Annual report on the Civil Veterinary Department, Burma (including the Insein Veterinary School) - 1910-1922
Year: 1910
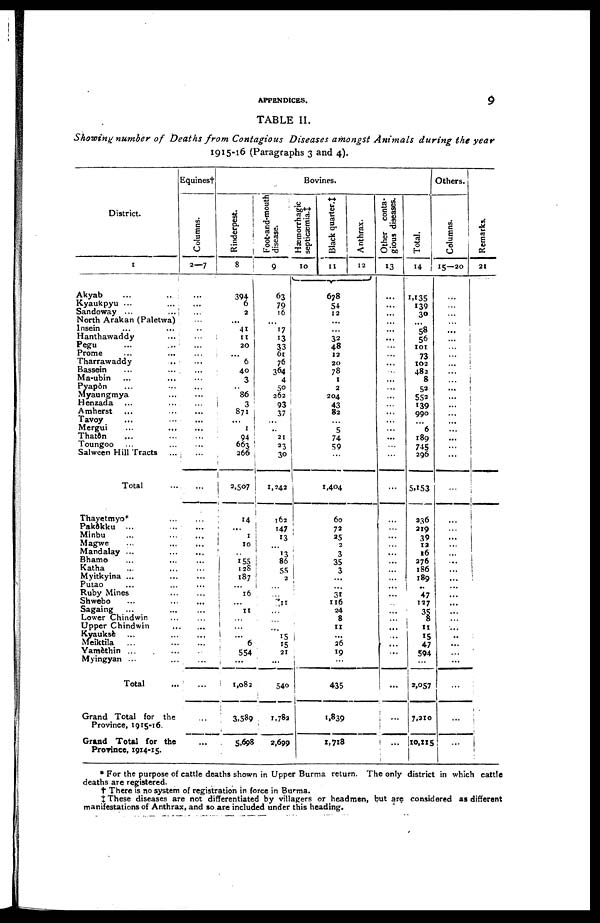
APPENDICES.
9
TABLE II.
Showing number of Deaths from Contagious
Diseases amongst Animals
during the year
1915-16 (Paragraphs 3 and 4).
District.
1
Akyab ... ...
Kyaukpyu ... ...
Sandoway ... ...
North Arakan (Paletwa)
Insein ... ...
Hanthawaddy ... ...
Pegu
Prome ... ...
Tharrawaddy ...
Bassein ... ...
Ma-ubin ... ...
Pyapôn ... ...
Myaungmya ...
Henzada ... ...
Amherst
Tavoy ... ...
Mergui ... ...
Thatôn ... ...
Toungoo ... ...
Salween Hill Tracts ...
Total ...
Thayetmyo* ...
Pakôkku ... ...
Minbu ... ...
Magwe ... ...
Mandalay ... ...
Bhamo ... ...
Katha ... ...
Myitkyina ... ...
Putao ... ...
Ruby Mines
Shwebo ... ...
Sagaing ... ...
Lower Chindwin ... ...
Upper Chindwin ...
Kyauksè
Meiktila ... ...
Yamèthin ... ...
Myingyan ... ...
Total ...
Grand Total for the
Province, 1915-16.
Grand Total for the
Prorince, 1914-I5.
Equines†
Columns.
2-7
...
...
...
...
...
...
...
...
...
...
...
...
...
...
...
...
...
...
...
...
...
...
...
...
...
...
...
...
...
...
...
...
...
...
...
...
...
...
...
...
...
Bovines.
Rinderpest.
8
394
6
2
...
41
11
20
... 6
40
3
86
3
871
...
1
94
663
266
2,507
14
...
1
10
...
155
128
187
...
16
...
11
...
...
...
6
554
...
1,082
3,589
5,698
Foot-and-mouth
disease.
9
63
79
16
..
17
13
33
61
76
364
4
50
262
93
37
...
.. 21
23
30
1,242
162
147
13
...
13
86
55
2
...
...
11
...
...
...
15
15
21
...
540
1,782
2,699
Hæmorrhagic
septicæmia.‡
10
Black quarter.‡
11
678
54
12
...
...
32
48
12
20
78
1
2
204
43
82
...
5
74
59
...
1,404
60
72
25
2
3
35
3
...
...
31
116
24
8
11
...
26
19
435
1,839
1,718
Anthrax.
12
Other conta-
gious diseases.
13
...
...
...
...
...
...
...
...
...
...
...
...
...
...
...
...
...
...
...
...
...
...
...
...
...
...
...
...
...
...
...
...
...
...
...
...
...
...
...
...
...
Total.
14
1,135
139
30
...
58
56
101
73
102
482
8
52
552
139
990
...
6
189
745
296
5,153
236
219
39
12
16
276
186
189
..
47
127
35
...
11
15
47
594
...
2,057
7,210
10,115
Others.
Columns.
15-20
...
...
...
...
...
...
...
...
...
...
...
...
...
...
...
...
...
...
...
...
...
...
...
...
...
...
...
...
...
..
...
...
...
...
...
...
...
...
...
...
...
Remarks.
21
* For the purpose of cattle deaths shown in Upper Burma return. The only district in which cattle
deaths are registered.
† There is no system of registration in force in Burma.
‡ These diseases are not differentiated by villagers or headmen, but are considered as different
manifestations of Anthrax, and so are included under this heading.